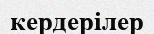
кердерілер